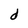
Character: d